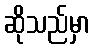
ဆိုသည်မှာ